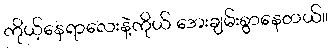
ကိုယ့်နေရာလေးနဲ့ကိုယ် အေးချမ်းစွာနေတယ်။